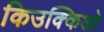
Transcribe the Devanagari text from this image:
किउक्किओ